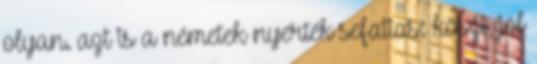
olyan. azt is a németek nyerték sefatias: köszi, jól